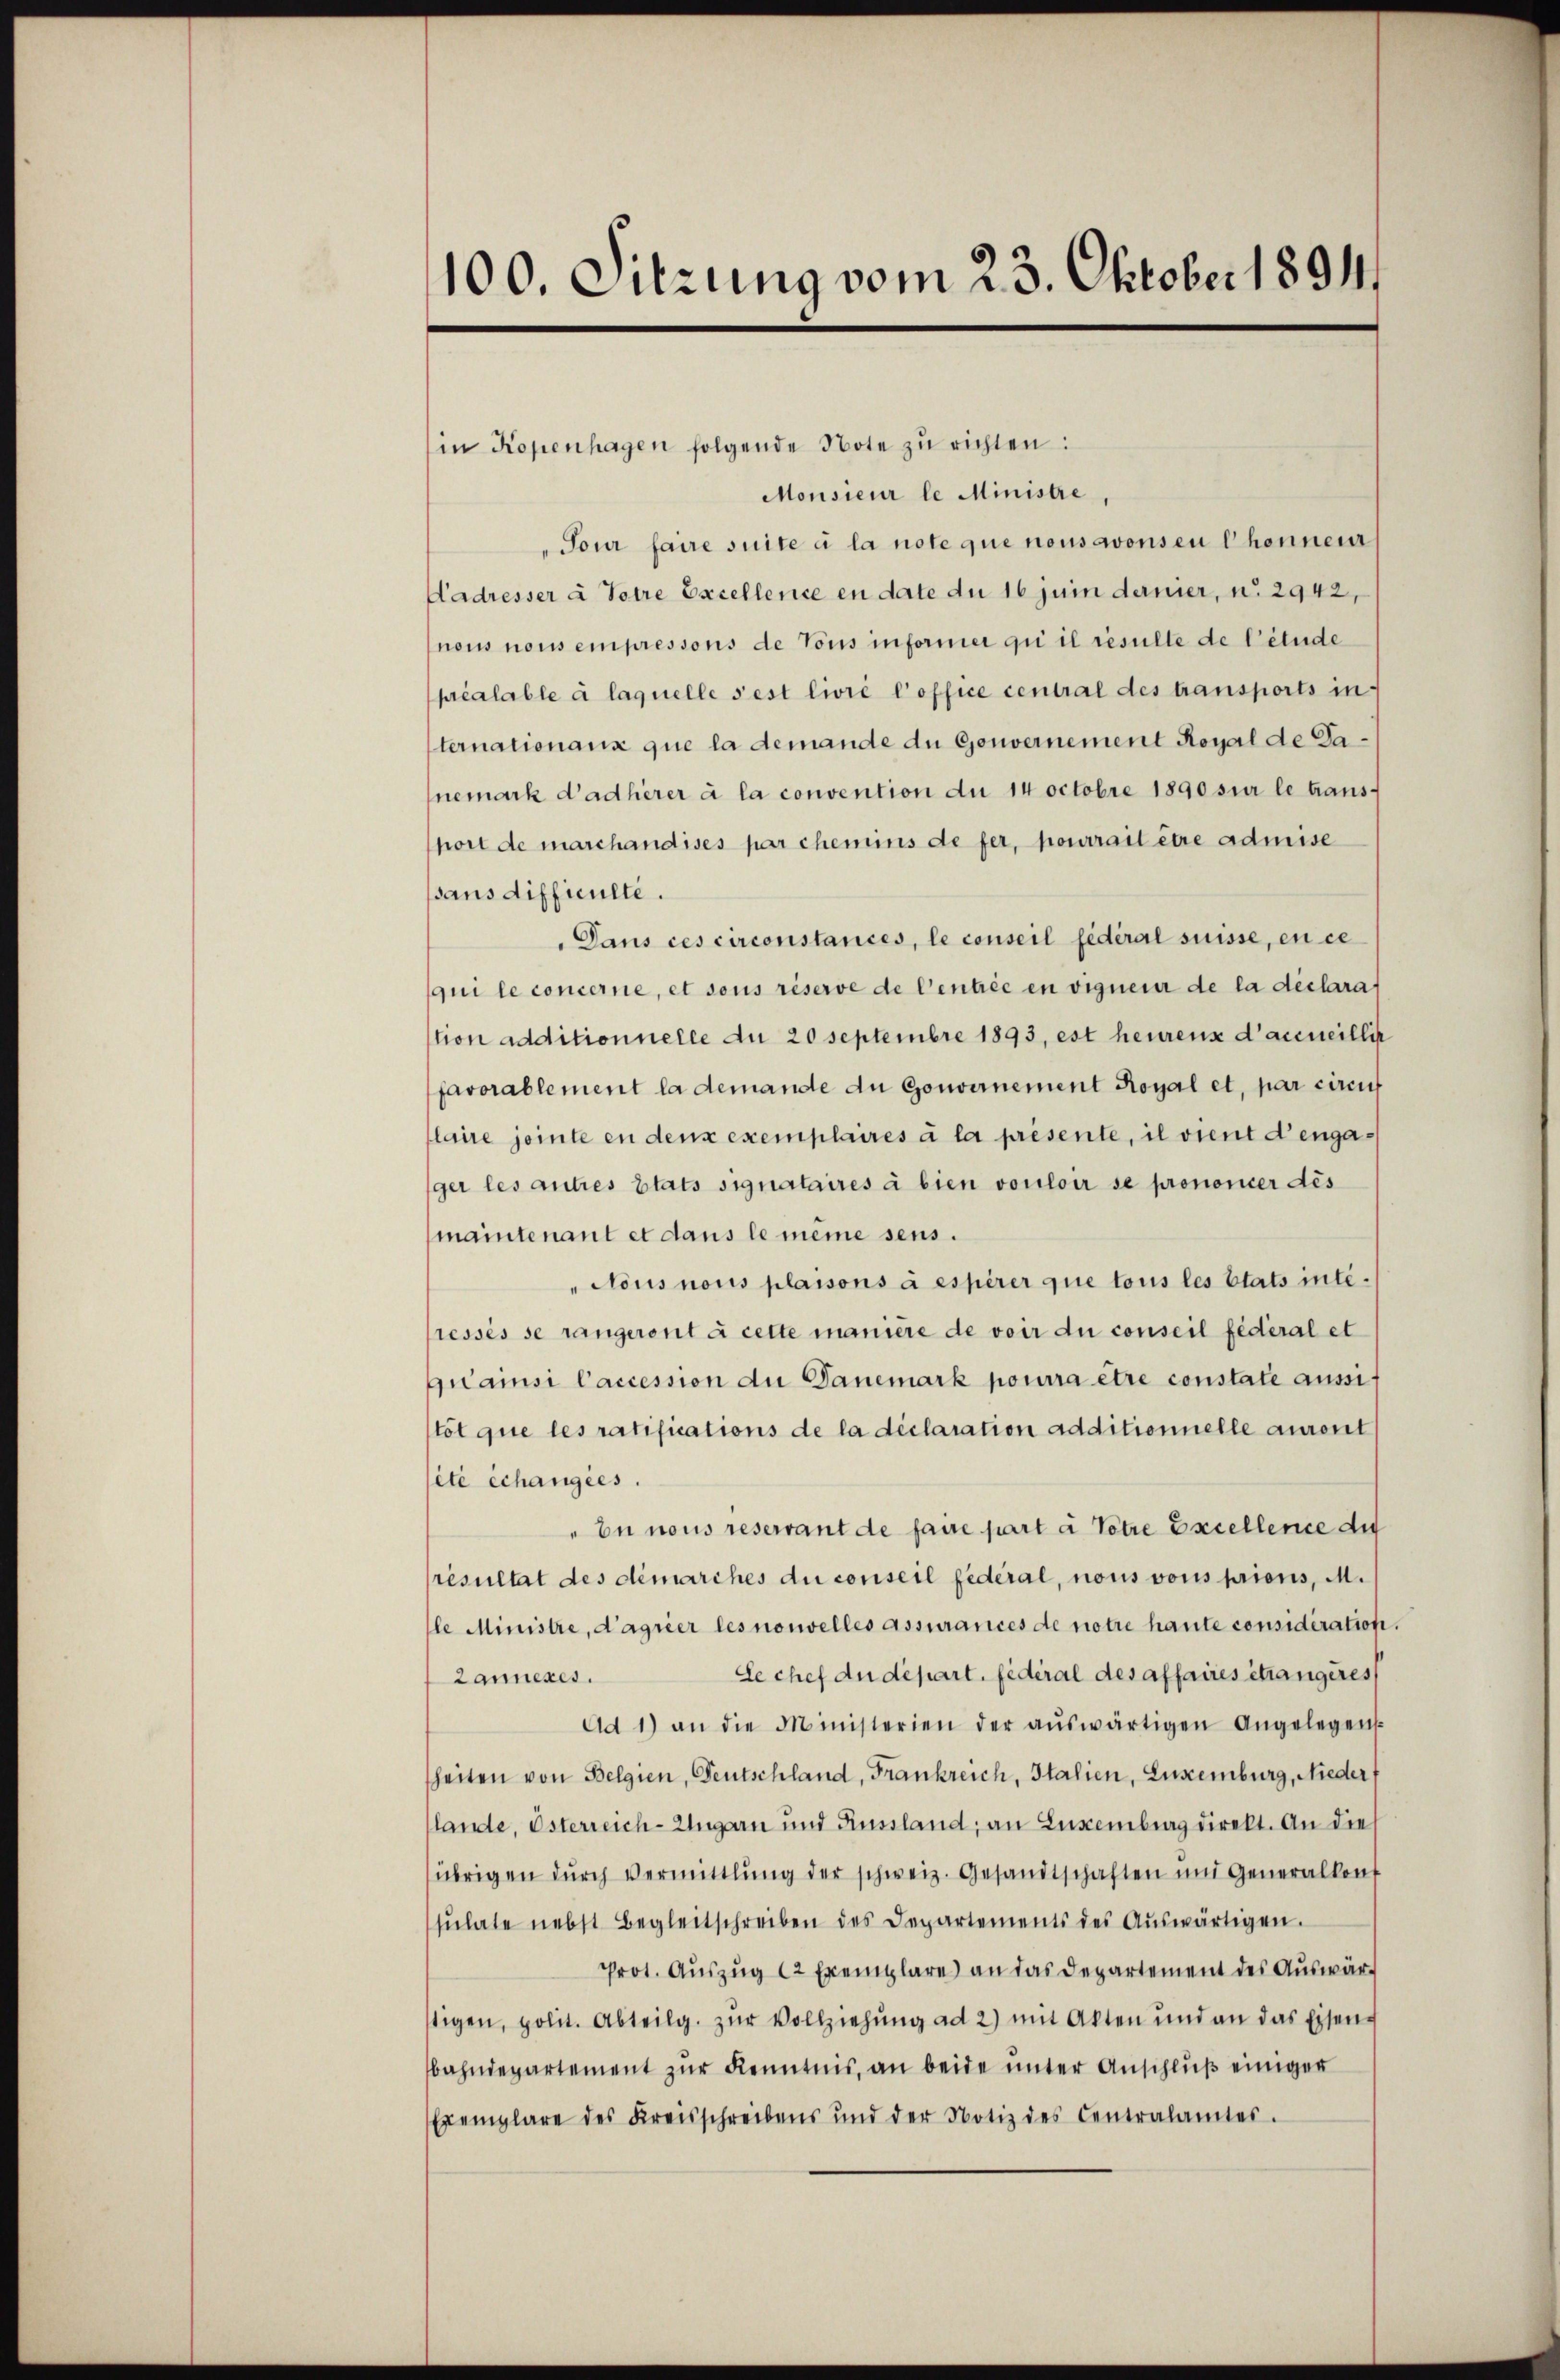
100. Sitzung vom 23. Oktober 1894

in Kopenhagen folgende Note zŭ richten:
Monsieur le Ministre,
Tour faire suite à la note que nous avonsen Chonnen
Aadresser à Totre Excellence en date du 16 juni dernier, u. 2942,
nous nous empressons de Tous informer qui il resulte de litude
préalable à laquelle sest livré l’office central des transports in-
ternationaux que la demande du Gouvernement Royal de Danemark d’adherer à la convention du 14 Octobre 1890 sur le transport de marchandises par chemins de fer, pourrait être admise
sans difficulte.
Dans ces circonstances, le conseil fédéral suisse, en ce
qui le concerne, et sons réserve de Centrée en vigneur de la déclarat
tion additionnelle du 20 Septembre 1893, est heurens d’accueillin
favorablement la demande an Gouvernement Royal et, par circul
laire jointe en denn exemplaires à la présente, il vient d’engager les autres Etats signataires à bien vouloir se prononcer des
maintenant et dans le meine sens.
"Nous nous plaisons à espèrer que tous les Etats interessés se rangeront à cette manière de voir du conseil fédéral et
quainsi Caccession du Danemark pourra être constate aussitot que les ratifications de la déclaration additionnelle auront
été échangies.
"Eu nous reservant de faire part à Votire Excellence die
resultat des demarches die conseil fédéral, nous vons prions, M.
le Ministre, d’agrier les nouvelles assurarices de notre haute considération.
Se chef du départ. fédéral des affaires étrangères,
Lanneres.
Ad 1) an die Ministerien der aŭswärtigen Angelegen
heiten von Belgien, Deutschland, Frankreich, Italien, Luxenburg, Nieder f
lande, Osterreich-Ungarn und Aussland, an Euxenburg direkt. An die
übrigen dŭrch Vermittlung der schweiz. Gesandtschaften und Generalkonf
sŭlate nebst Begleitschreiben des Departements des Aŭswärtigen.
Prot. Auszug 12 Exemplare) an das Departement des Auswärstigen, polit. Abteilg. zŭr Vollziehŭng ad 2) mit Akten und an das Eisen-
bahndepartement zŭr Kenntnis, an beide ŭnter Anschlŭβ einiger
Exemplare des Kreisschreibens und der Notiz des Centralamtes.